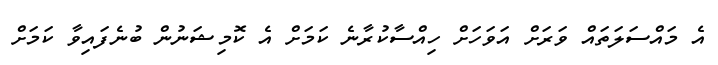
އެ މައްސަލަތައް ވަރަށް އަވަހަށް ހިއްސާކުރާނެ ކަމަށް އެ ކޮމިޝަނުން ބުނެފައިވާ ކަމަށް